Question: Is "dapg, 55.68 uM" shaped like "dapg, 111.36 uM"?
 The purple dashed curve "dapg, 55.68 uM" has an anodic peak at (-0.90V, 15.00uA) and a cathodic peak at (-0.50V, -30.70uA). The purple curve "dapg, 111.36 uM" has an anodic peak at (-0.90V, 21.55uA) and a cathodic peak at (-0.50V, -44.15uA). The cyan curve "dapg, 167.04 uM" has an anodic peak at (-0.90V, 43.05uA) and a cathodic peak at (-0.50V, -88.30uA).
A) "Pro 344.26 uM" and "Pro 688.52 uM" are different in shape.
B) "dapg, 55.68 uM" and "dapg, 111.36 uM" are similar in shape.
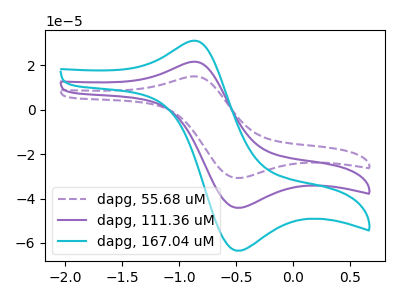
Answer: <think>All the peaks in "dapg, 55.68 uM" have a peak in "dapg, 111.36 uM" at the same potential. Every peak in "dapg, 55.68 uM" is lower than every peak in "dapg, 111.36 uM".
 </think>
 <answer>B) "dapg, 55.68 uM" and "dapg, 111.36 uM" are similar in shape.</answer>
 <eval>B</eval>